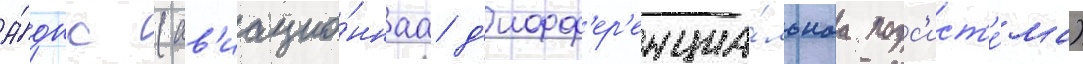
А́дпс (ав'иацио́ннаа д'ифф'ер'енциа́льнаа подс'ист'е́ма)